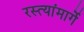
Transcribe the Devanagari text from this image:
रस्त्यांमार्गे